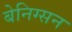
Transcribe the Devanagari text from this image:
बेनिग्सन